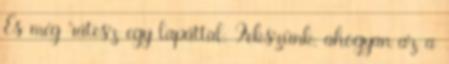
És még rátesz egy lapáttal. Fekszünk, ahogyan az a